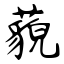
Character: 藐